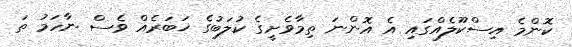
ކޮންމެ އިސްކޫލެއްގައި އެ އޮންނަ ތިމާވެށީގެ ކުލަބުގެ ޚަބަރެއް ވެސް ނާހަމު ތަ